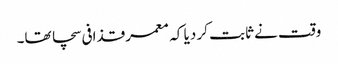
وقت نے ثابت کر دیا کہ معمر قذافی سچا تھا۔